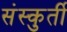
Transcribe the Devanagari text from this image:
संस्कुर्ती